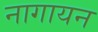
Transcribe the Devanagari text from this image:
नागायन